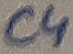
Text: C4